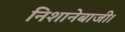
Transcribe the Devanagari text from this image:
निशानेबाजी।